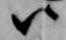
ハ